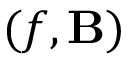
( f , \mathbf { B } )